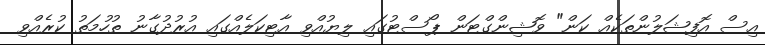
އިސް އޮފިޝަލުންތަކެއް ކަން" ވޮޝިންގްޓަން ޕޯސްޓުގައި ލިޔުއްވި އާޓިކަލެއްގައި އުރުދުގާނު ތުހުމަތު ކުރެއްވި